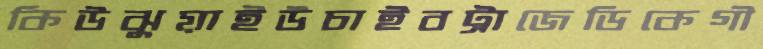
কিউঝুয়াইউচাইবট্রাজেডিকেগী